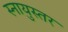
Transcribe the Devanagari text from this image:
स्नायुस्तर